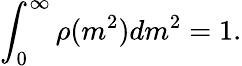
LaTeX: \int_{0}^{\infty}\rho(m^{2})dm^{2}=1.